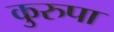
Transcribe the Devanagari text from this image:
कुरुपा